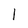
Character: 1